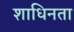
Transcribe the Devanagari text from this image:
शाधिनता